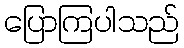
ပြောကြပါသည်